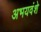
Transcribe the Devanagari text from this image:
अभयवंशे